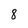
Character: 8